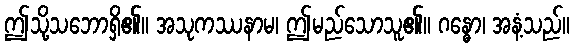
ဤသို့သဘောရှိ၏။ အသုကဿနာမ၊ ဤမည်သောသူ၏။ ဂန္ဓော၊ အနံ့သည်။